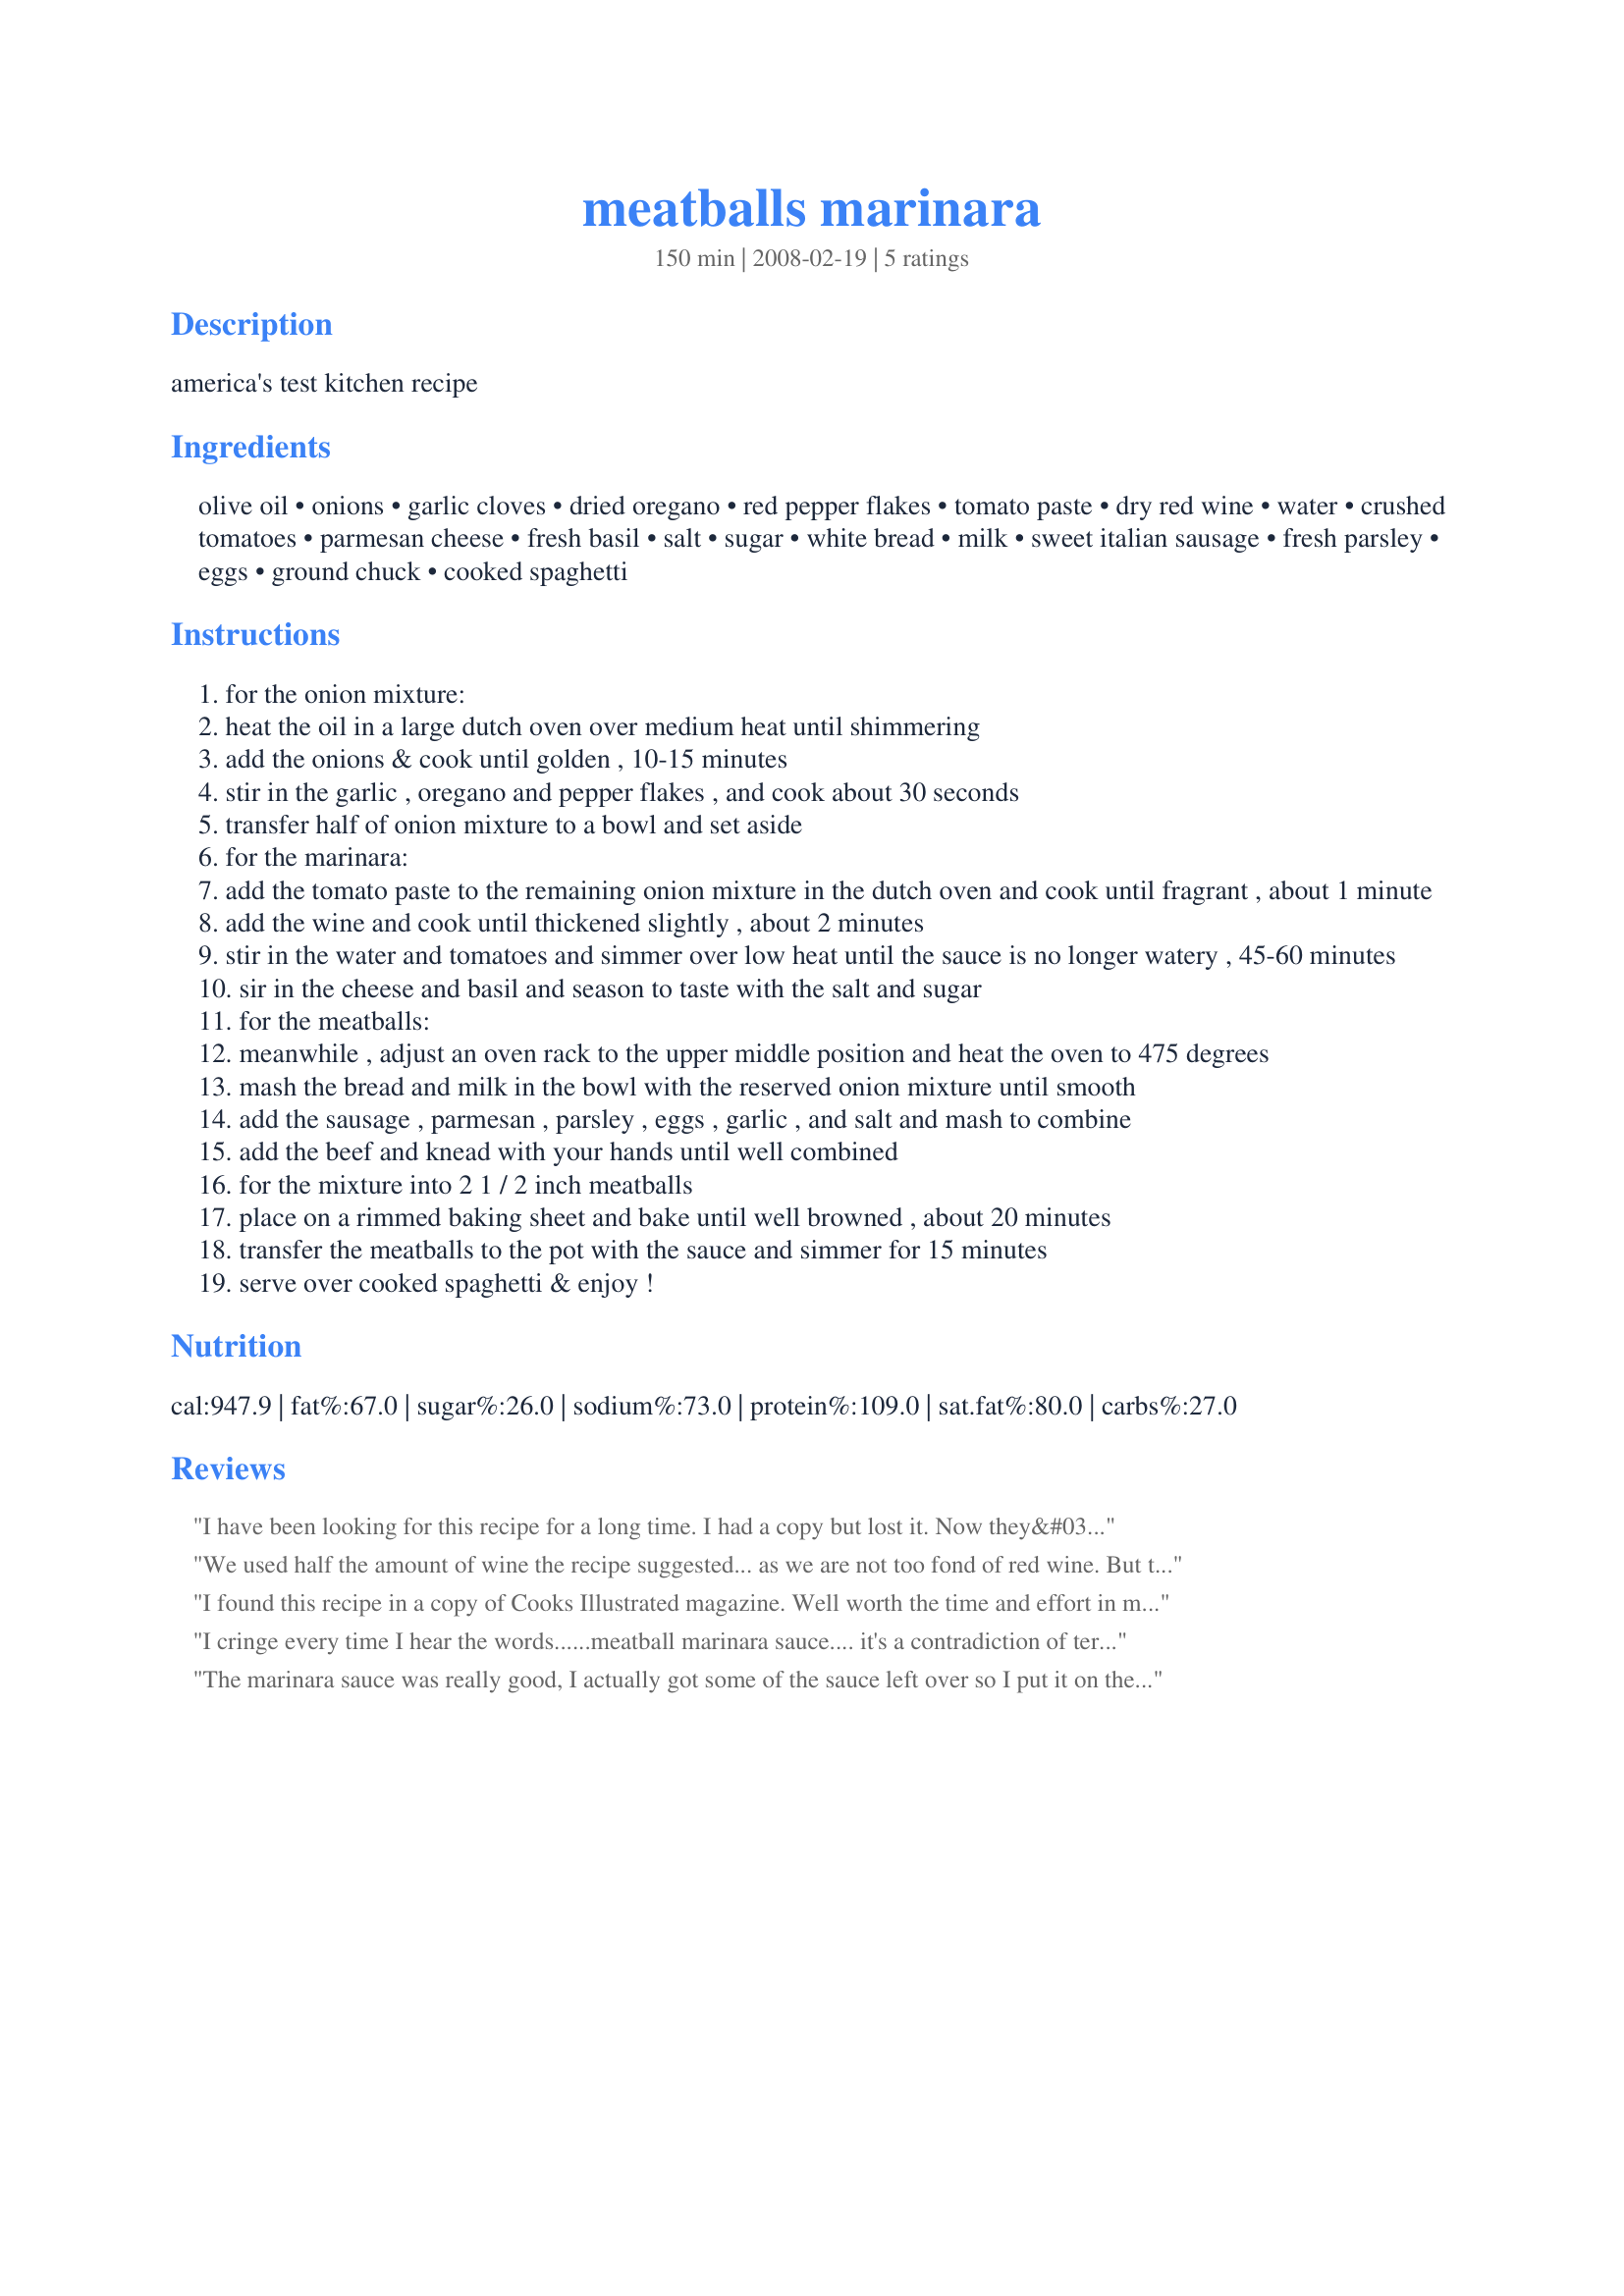
meatballs marinara
Preparation time: 150 minutes

america's test kitchen recipe

Ingredients:
olive oil, onions, garlic cloves, dried oregano, red pepper flakes, tomato paste, dry red wine, water, crushed tomatoes, parmesan cheese, fresh basil, salt, sugar, white bread, milk, sweet italian sausage, fresh parsley, eggs, ground chuck, cooked spaghetti

Steps:
for the onion mixture:
heat the oil in a large dutch oven over medium heat until shimmering
add the onions & cook until golden , 10-15 minutes
stir in the garlic , oregano and pepper flakes , and cook about 30 seconds
transfer half of onion mixture to a bowl and set aside
for the marinara:
add the tomato paste to the remaining onion mixture in the dutch oven and cook until fragrant , about 1 minute
add the wine and cook until thickened slightly , about 2 minutes
stir in the water and tomatoes and simmer over low heat until the sauce is no longer watery , 45-60 minutes
sir in the cheese and basil and season to taste with the salt and sugar
for the meatballs:
meanwhile , adjust an oven rack to the upper middle position and heat the oven to 475 degrees
mash the bread and milk in the bowl with the reserved onion mixture until smooth
add the sausage , parmesan , parsley , eggs , garlic , and salt and mash to combine
add the beef and knead with your hands until well combined
for the mixture into 2 1 / 2 inch meatballs
place on a rimmed baking sheet and bake until well browned , about 20 minutes
transfer the meatballs to the pot with the sauce and simmer for 15 minutes
serve over cooked spaghetti & enjoy !

Reviews:
I have been looking for this recipe for a long time. I had a copy but lost it. Now they&#039;re not free on their site. Thank you so much for sharing, I&#039;m in need for some comfort food and this is the best out there!!!
We used half the amount of wine the recipe suggested... as we are not too fond of red wine. But the sauce came out great, as did the meatballs. Baking them at such a high temp is a good method. It's a very good meatballs & marinara recipe. We will definitely make this again! Thanks for sharing
I found this recipe in a copy of Cooks Illustrated magazine. Well worth the time and effort in making this dish! The meatballs are highly spiced, but balances well with the marinara sauce. I made fresh pasta noodles and served it with the Classic Garlic Bread from Cooks Illustrated and my own Caesar Salad. There was a lot of yumms going around the table! Thanks for posting this recipe as I would surly have done it!!! It is a keeper!!
I cringe every time I hear the words......meatball marinara sauce.... it's a contradiction of terms.... Go look up marinara.... once meat is put into it,,,, it isn't.......MARINARA. .... hate to be a fussy Italian-American. Just call it sauce with meatballs....please???
The marinara sauce was really good, I actually got some of the sauce left over so I put it on the pizza. It was really delicious. One of the best marinara sauces on pizza I&#039;ve ever had!
